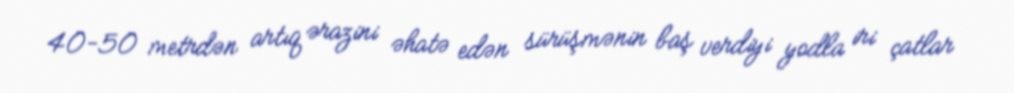
40-50 metrdən artıq ərazini əhatə edən sürüşmənin baş verdiyi yodla iri çatlar